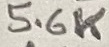
Text: 5.6K